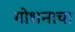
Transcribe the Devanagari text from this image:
गोधनाचा